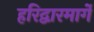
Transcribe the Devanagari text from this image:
हरिद्वारमार्गे